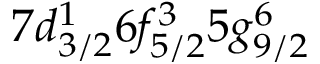
7 d _ { 3 / 2 } ^ { 1 } 6 f _ { 5 / 2 } ^ { 3 } 5 g _ { 9 / 2 } ^ { 6 }